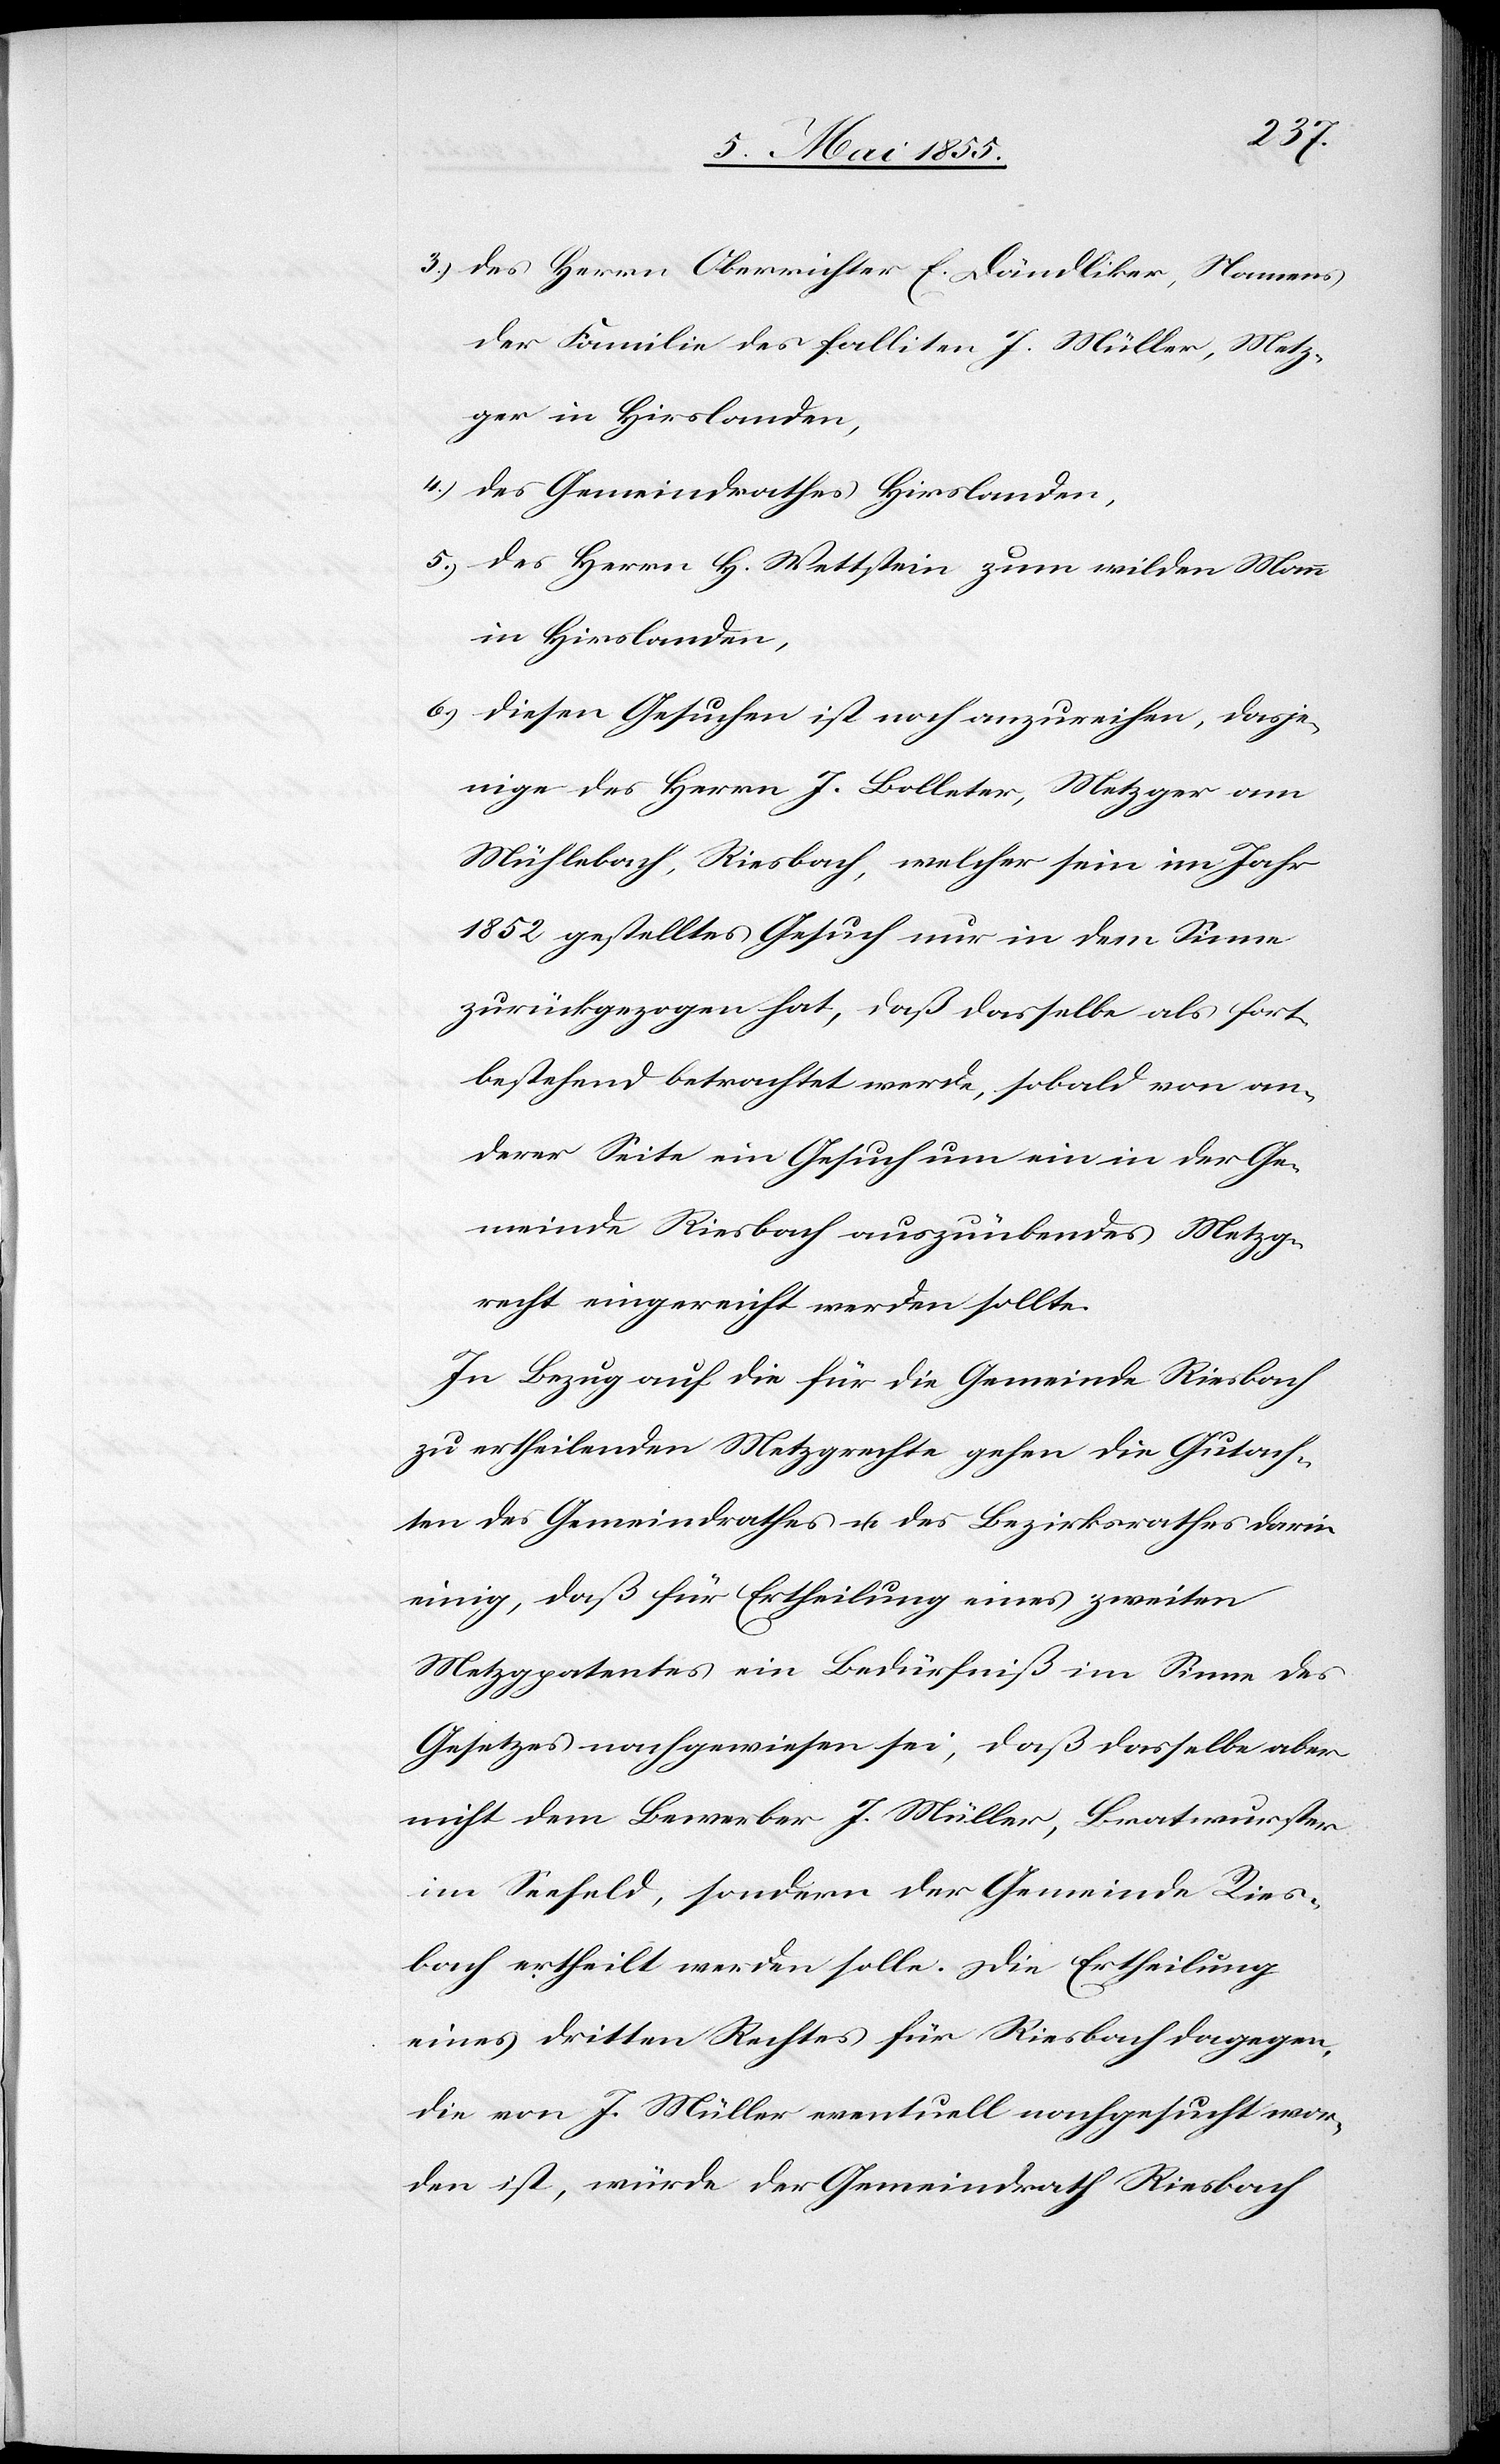
des Herrn Oberrichter E. Dändliker, Namens
der Familie des falliten J. Müller, Metz¬
ger in Hirslanden,
des Gemeindrathes Hirslanden,
des Herrn H. Wettstein zum wilden Mann
in Hirslanden,
diesen Gesuchen ist noch anzureihen, dasje¬
nige des Herrn J. Bolleter, Metzger am
Mühlebach, Riesbach, welcher sein im Jahr
1852 gestelltes Gesuch nur in dem Sinne
zurückgezogen hat, daß dasselbe als fort¬
bestehend betrachtet werde, sobald von an¬
derer Seite ein Gesuch um ein in der Ge¬
meinde Riesbach auszuübendes Metzg¬
recht eingereicht werden sollte.
In Bezug auf die für die Gemeinde Riesbach
zu ertheilenden Metzgrechte gehen die Gutach¬
ten des Gemeindrathes u. des Bezirksrathes darin
einig, daß für Ertheilung eines zweiten
Metzgpatentes ein Bedürfniß im Sinne des
Gesetzes nachgewiesen sei, daß dasselbe aber
nicht dem Bewerber J. Müller, Bratwurster
im Seefeld, sondern der Gemeinde Ries¬
bach ertheilt werden solle. Die Ertheilung
eines dritten Rechtes für Riesbach dagegen,
die von J. Müller eventuell nachgesucht wor¬
den ist, würde der Gemeindrath Riesbach